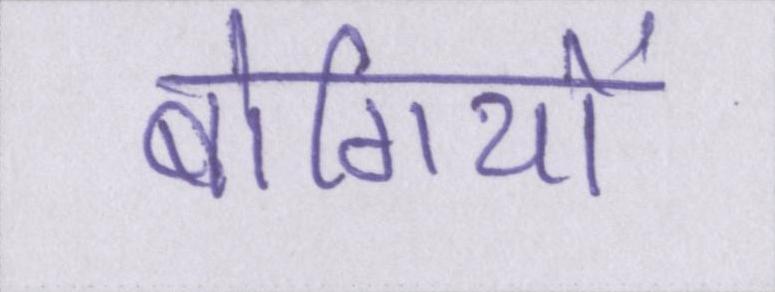
बोगियों